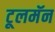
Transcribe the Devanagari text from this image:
टूलमॅन